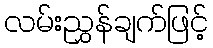
လမ်းညွှန်ချက်ဖြင့်